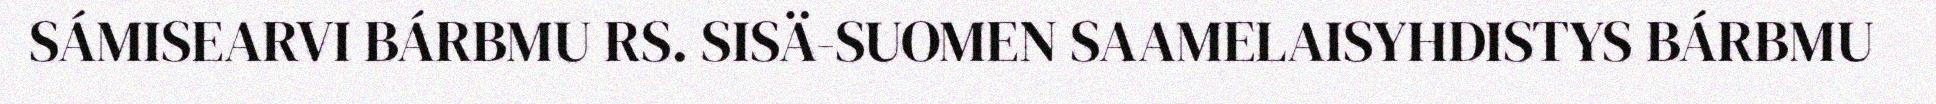
SÁMISEARVI BÁRBMU RS. SISÄ-SUOMEN SAAMELAISYHDISTYS BÁRBMU